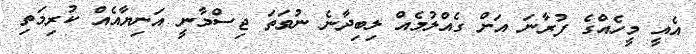
އެއީ މީހެއްގެ ފުރާނަ އަށް ގެއްލުމެއް ލިބިދާނެ ނުވަތަ ޖިސްމާނީ އަނިޔާއެއް ކުރިމަތި